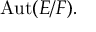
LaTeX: \operatorname { A u t } ( E / F ) .